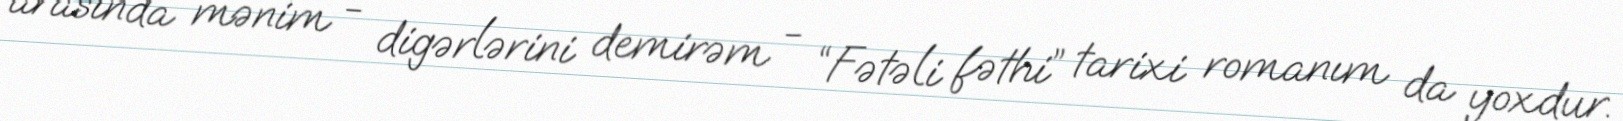
arasında mənim - digərlərini demirəm - “Fətəli fəthi” tarixi romanım da yoxdur.